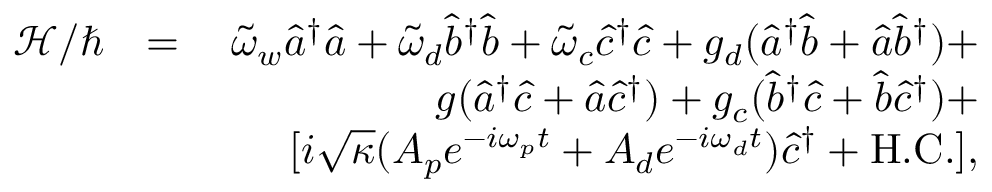
\begin{array} { r l r } { \mathcal { H } / \hbar } & { = } & { \tilde { \omega } _ { w } \hat { a } ^ { \dag } \hat { a } + \tilde { \omega } _ { d } \hat { b } ^ { \dag } \hat { b } + \tilde { \omega } _ { c } \hat { c } ^ { \dag } \hat { c } + g _ { d } ( \hat { a } ^ { \dag } \hat { b } + \hat { a } \hat { b } ^ { \dag } ) + } \\ & { \quad } & { g ( \hat { a } ^ { \dag } \hat { c } + \hat { a } \hat { c } ^ { \dag } ) + g _ { c } ( \hat { b } ^ { \dag } \hat { c } + \hat { b } \hat { c } ^ { \dag } ) + } \\ & { \quad } & { [ i \sqrt { \kappa } ( A _ { p } e ^ { - i \omega _ { p } t } + A _ { d } e ^ { - i \omega _ { d } t } ) \hat { c } ^ { \dag } + \mathrm { H . C . ] , } } \end{array}